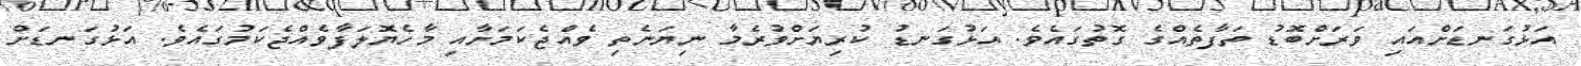
އަޅުގަނޑަށްއައި ވަރަށްބޮޑު ތަފާތެއްގެ ގޮތުގައެވެ. އަޅުގަނޑު ކުރިޔަށްވުރެމާ ނިޔަނެތި ވެއްޖެކަމަށާއި މާހެޔޮލަފާވެއްޖެކަމުގައެވެ. އަޅުގަނޑަށް